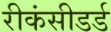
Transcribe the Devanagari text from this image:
रीकंसीडर्ड